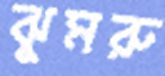
ঝুমরু